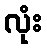
လုံး